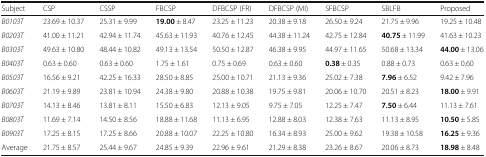
<table><thead><tr><td><b>Subject</b></td><td><b>CSP</b></td><td><b>CSSP</b></td><td><b>FBCSP</b></td><td><b>DFBCSP (FR)</b></td><td><b>DFBCSP (MI)</b></td><td><b>SFBCSP</b></td><td><b>SBLFB</b></td><td><b>Proposed</b></td></tr></thead><tbody><tr><td><i>B0103T</i></td><td>23.69 ± 10.37</td><td>25.31 ± 9.99</td><td><b>19.00</b> ± 8.47</td><td>23.25 ± 11.23</td><td>20.38 ± 9.18</td><td>26.50 ± 9.24</td><td>21.75 ± 9.96</td><td>19.25 ± 10.48</td></tr><tr><td><i>B0203T</i></td><td>41.00 ± 11.21</td><td>42.94 ± 11.74</td><td>45.63 ± 11.93</td><td>40.76 ± 12.45</td><td>44.38 ± 11.24</td><td>42.75 ± 12.84</td><td><b>40.75</b> ± 11.99</td><td>41.63 ± 10.23</td></tr><tr><td><i>B0303T</i></td><td>49.63 ± 10.80</td><td>48.44 ± 10.82</td><td>49.13 ± 13.54</td><td>50.50 ± 12.87</td><td>46.38 ± 9.95</td><td>44.97 ± 11.65</td><td>50.68 ± 13.34</td><td><b>44.00</b> ± 13.06</td></tr><tr><td><i>B0403T</i></td><td>0.63 ± 0.60</td><td>0.63 ± 0.60</td><td>1.75 ± 1.61</td><td>0.75 ± 0.69</td><td>0.63 ± 0.60</td><td><b>0.38</b> ± 0.35</td><td>0.88 ± 0.73</td><td>0.63 ± 0.60</td></tr><tr><td><i>B0503T</i></td><td>16.56 ± 9.21</td><td>42.25 ± 16.33</td><td>28.50 ± 8.85</td><td>25.00 ± 10.71</td><td>21.13 ± 9.36</td><td>25.02 ± 7.38</td><td><b>7.96</b> ± 6.52</td><td>9.42 ± 7.96</td></tr><tr><td><i>B0603T</i></td><td>21.19 ± 9.89</td><td>23.81 ± 10.94</td><td>24.38 ± 9.80</td><td>20.88 ± 10.38</td><td>19.75 ± 9.81</td><td>20.06 ± 10.70</td><td>20.51 ± 8.23</td><td><b>18.00</b> ± 9.91</td></tr><tr><td><i>B0703T</i></td><td>14.13 ± 8.46</td><td>13.81 ± 8.11</td><td>15.50 ± 6.83</td><td>12.13 ± 9.05</td><td>9.75 ± 7.05</td><td>12.25 ± 7.47</td><td><b>7.50</b> ± 6.44</td><td>11.13 ± 7.61</td></tr><tr><td><i>B0803T</i></td><td>11.69 ± 7.14</td><td>14.50 ± 8.56</td><td>18.88 ± 11.68</td><td>11.13 ± 6.95</td><td>12.88 ± 8.03</td><td>12.38 ± 7.63</td><td>11.13 ± 8.95</td><td><b>10.50</b> ± 5.85</td></tr><tr><td><i>B0903T</i></td><td>17.25 ± 8.15</td><td>17.25 ± 8.66</td><td>20.88 ± 10.07</td><td>22.25 ± 10.80</td><td>16.34 ± 8.93</td><td>25.00 ± 9.62</td><td>19.38 ± 10.58</td><td><b>16.25</b> ± 9.36</td></tr><tr><td>Average</td><td>21.75 ± 8.57</td><td>25.44 ± 9.67</td><td>24.85 ± 9.39</td><td>22.96 ± 9.61</td><td>21.29 ± 8.38</td><td>23.26 ± 8.67</td><td>20.06 ± 8.73</td><td><b>18.98</b> ± 8.48</td></tr></tbody></table>